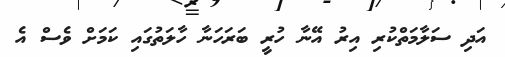
އަދި ސަލާމަތްކުރި އިރު އޭނާ ހުރީ ބަރަހަނާ ހާލަތުގައި ކަމަށް ވެސް އެ